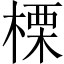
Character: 𣗖